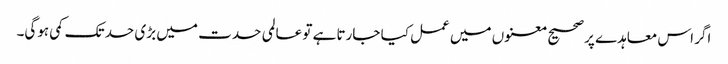
اگر اس معاہدے پر صحیح معنوں میں عمل کیا جارتا ہے تو عالمی حدت میں بڑی حد تک کمی ہوگی۔